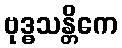
ဗုဒ္ဓသန္တိကေ